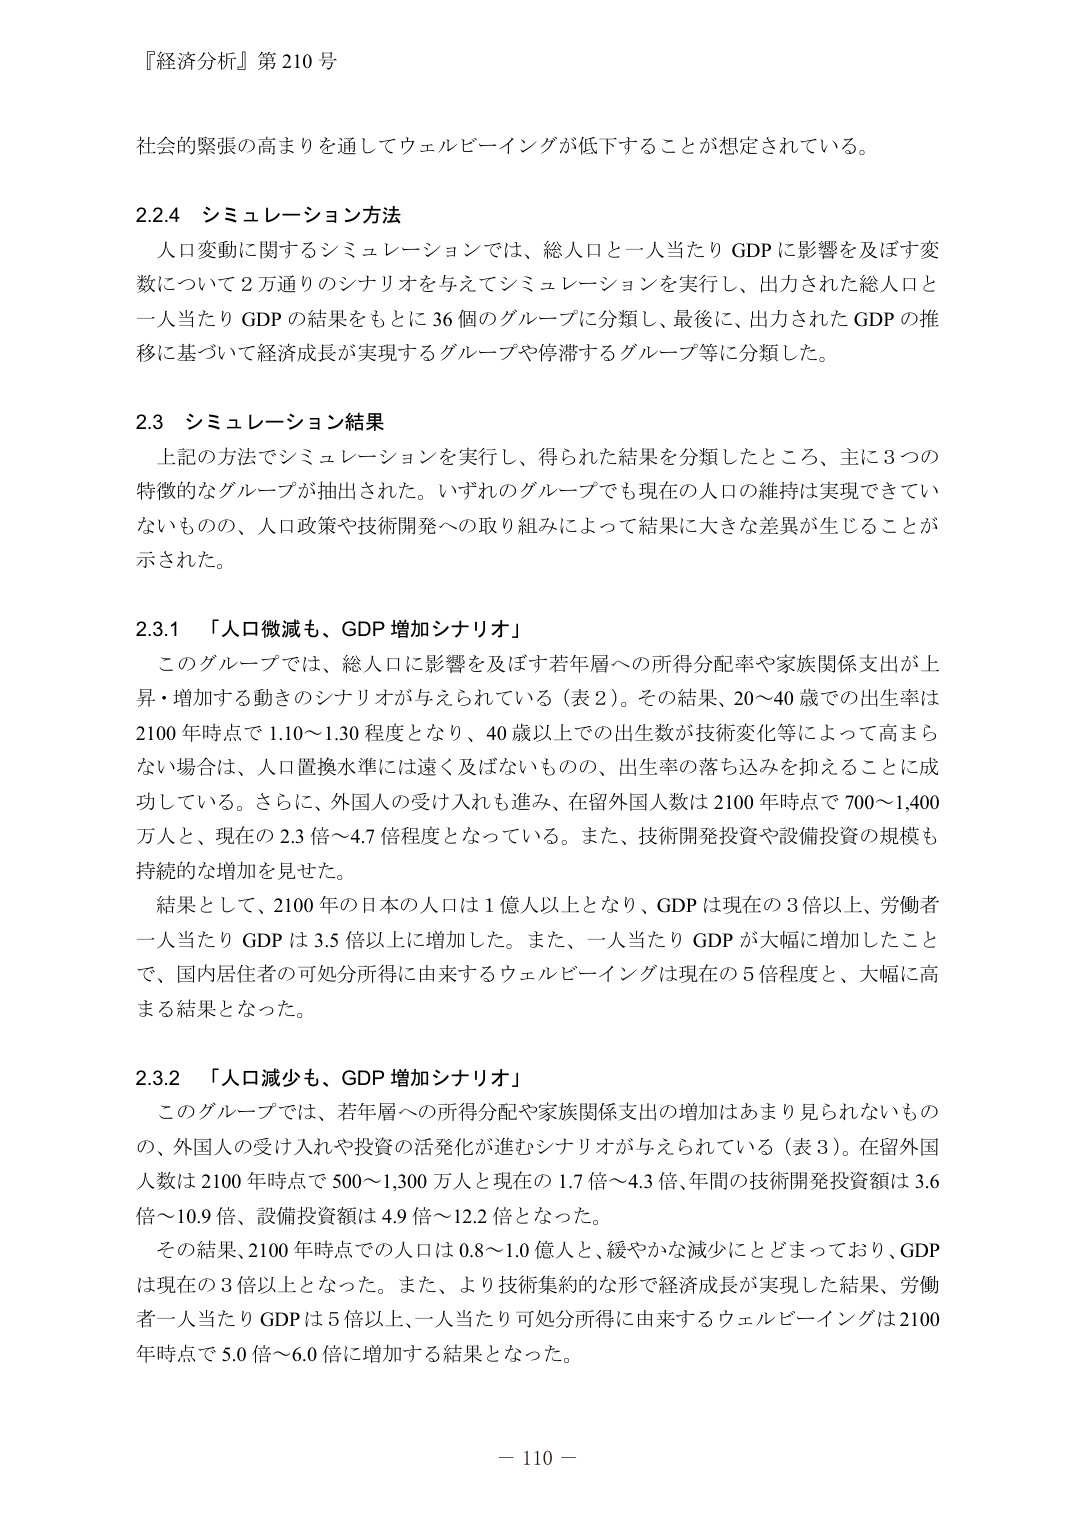
『経済分析』第210号

社会的緊張の高まりを通してウェルビーイングが低下することが想定されている。

2.2.4 シミュレーション方法
　人口変動に関するシミュレーションでは、総人口と一人当たりGDPに影響を及ぼす変数について2万通りのシナリオを与えてシミュレーションを実行し、出力された総人口と一人当たりGDPの結果をもとに36個のグループに分類し、最後に、出力されたGDPの推移に基づいて経済成長が実現するグループや停滞するグループ等に分類した。

2.3 シミュレーション結果
　上記の方法でシミュレーションを実行し、得られた結果を分類したところ、主に3つの特徴的なグループが抽出された。いずれのグループでも現在の人口の維持は実現できていないものの、人口政策や技術開発への取り組みによって結果に大きな差異が生じることが示された。

2.3.1 「人口微減も、GDP増加シナリオ」
　このグループでは、総人口に影響を及ぼす若年層への所得分配率や家族関係支出が上昇・増加する動きのシナリオが与えられている（表2）。その結果、20～40歳での出生率は2100年時点で1.10～1.30程度となり、40歳以上での出生数が技術変化等によって高まらない場合は、人口置換水準には遠く及ばないものの、出生率の落ち込みを抑えることに成功している。さらに、外国人の受け入れも進み、在留外国人数は2100年時点で700～1,400万人と、現在の2.3倍～4.7倍程度となっている。また、技術開発投資や設備投資の規模も持続的な増加を見せた。
　結果として、2100年の日本の人口は1億人以上となり、GDPは現在の3倍以上、労働者一人当たりGDPは3.5倍以上に増加した。また、一人当たりGDPが大幅に増加したことで、国内居住者の可処分所得に由来するウェルビーイングは現在の5倍程度と、大幅に高まる結果となった。

2.3.2 「人口減少も、GDP増加シナリオ」
　このグループでは、若年層への所得分配や家族関係支出の増加はあまり見られないものの、外国人の受け入れや投資の活発化が進むシナリオが与えられている（表3）。在留外国人数は2100年時点で500～1,300万人と現在の1.7倍～4.3倍、年間の技術開発投資額は3.6倍～10.9倍、設備投資額は4.9倍～12.2倍となった。
　その結果、2100年時点での人口は0.8～1.0億人と、緩やかな減少にとどまっており、GDPは現在の3倍以上となった。また、より技術集約的な形で経済成長が実現した結果、労働者一人当たりGDPは5倍以上、一人当たり可処分所得に由来するウェルビーイングは2100年時点で5.0倍～6.0倍に増加する結果となった。

－ 110 －